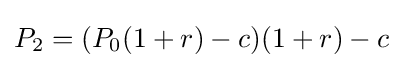
P_{2}=(P_{0}(1+r)-c)(1+r)-c